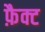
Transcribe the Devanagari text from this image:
फ़ैक्ट